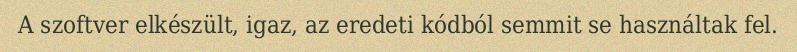
A szoftver elkészült, igaz, az eredeti kódból semmit se használtak fel.